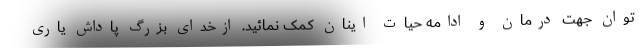
توان جهت درمان و ادامه حیات اینان کمک نمائید. ازخدای بزرگ پاداش یاری